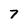
Character: 7